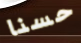
حسنا